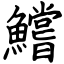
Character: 鱨